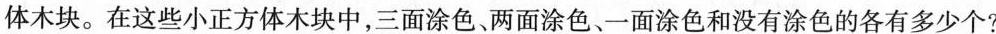
体木块。在这些小正方体木块中，三面涂色、两面涂色、一面涂色和没有涂色的各有多少个?